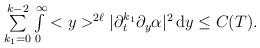
LaTeX: \begin{align*}\begin{array}{ll}\sum\limits_{k_1=0}^{k-2}\int\limits_0^{\infty} <y>^{2\ell}|\partial_t^{k_1}\partial_y \alpha|^2\,\mathrm{d}y\leq C(T).\end{array}\end{align*}